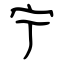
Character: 宁